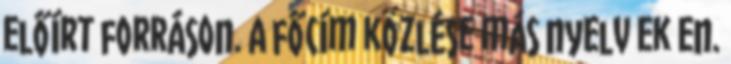
előírt forráson. A főcím közlése más nyelv ek en.